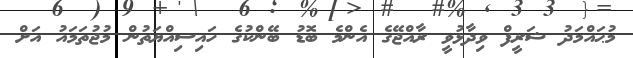
މުޙައްމަދު ޝަރީފް ވިދާޅުވީ ރާއްޖޭގެ އެންމެ ބޮޑު ބޭންކުގެ ހައިސިއްޔަތުން މުޖުތަމައު އަށް